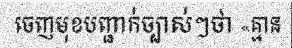
ចេញមុខបញ្ជាក់ច្បាស់ៗថា «គ្មាន